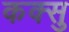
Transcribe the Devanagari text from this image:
कक्सु